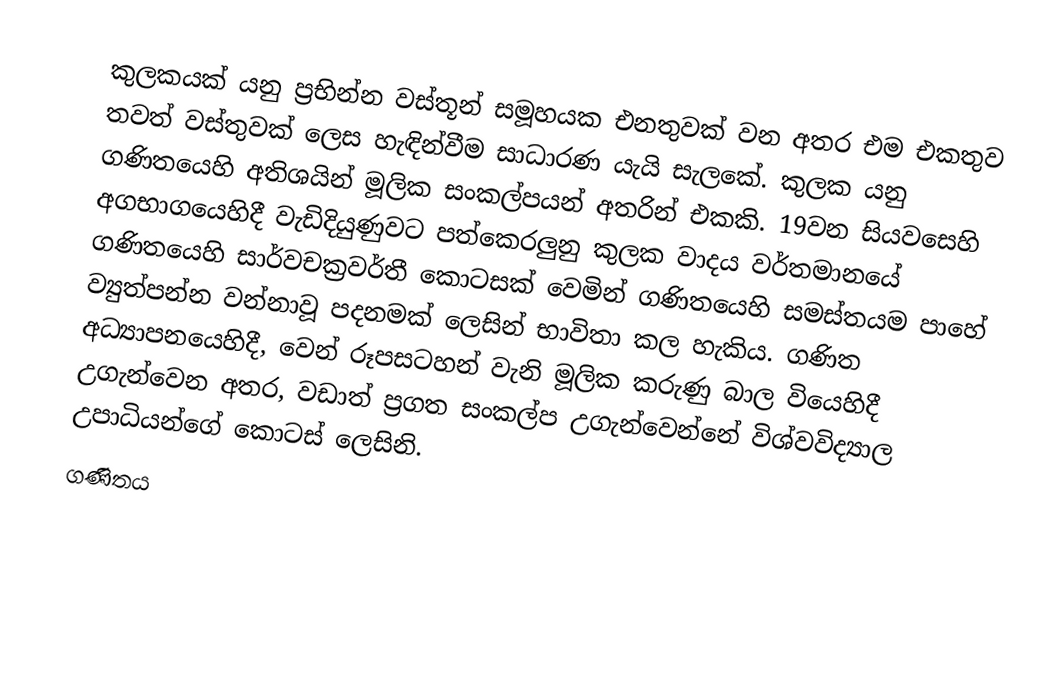
කුලකයක් යනු ප්‍රභින්න වස්තූන් සමූහයක එනතුවක් වන අතර එම එකතුව තවත් වස්තුවක් ලෙස හැඳින්වීම සාධාරණ යැයි සැලකේ. කුලක යනු ගණිතයෙහි අතිශයින් මූලික සංකල්පයන් අතරින් එකකි. 19වන සියවසෙහි අගභාගයෙහිදී වැඩිදියුණුවට පත්කෙරලුනු කුලක වාදය වර්තමානයේ ගණිතයෙහි සාර්වචක්‍රවර්තී කොටසක් වෙමින් ගණිතයෙහි සමස්තයම පාහේ ව්‍යුත්පන්න වන්නාවූ පදනමක් ලෙසින් භාවිතා කල හැකිය. ගණිත අධ්‍යාපනයෙහිදී, වෙන් රූපසටහන් වැනි මූලික කරුණු බාල වියෙහිදී උගැන්වෙන අතර, වඩාත් ප්‍රගත සංකල්ප උගැන්වෙන්නේ විශ්වවිද්‍යාල උපාධියන්ගේ කොටස් ලෙසිනි.
ගණිතය